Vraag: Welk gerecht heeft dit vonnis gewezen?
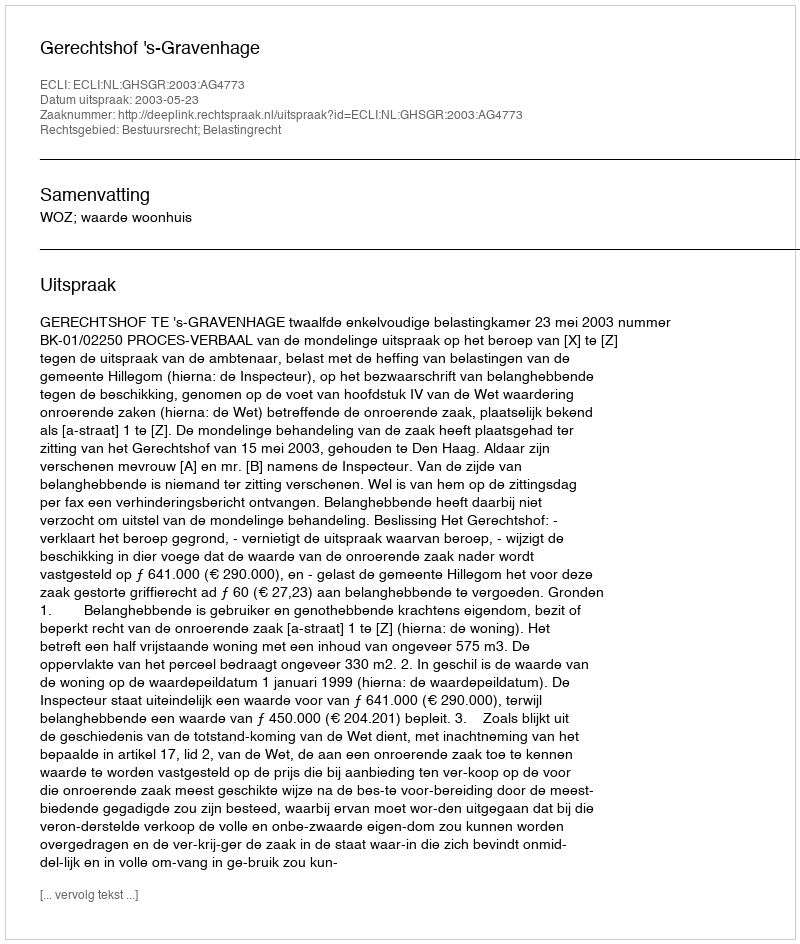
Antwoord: Gerechtshof 's-Gravenhage